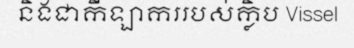
និងជាកីឡាកររបស់ក្លិប Vissel